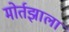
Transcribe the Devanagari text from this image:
मोर्तझाला